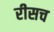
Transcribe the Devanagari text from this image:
रीसच